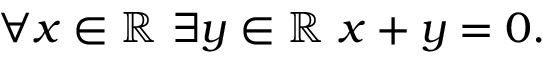
\forall x \in \mathbb { R } \ \exists y \in \mathbb { R } \ x + y = 0 .